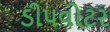
ડીપવોટર